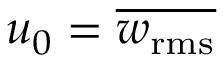
u _ { 0 } = \overline { { w _ { \mathrm { r m s } } } }